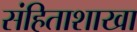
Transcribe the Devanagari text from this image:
संहिताशाखा